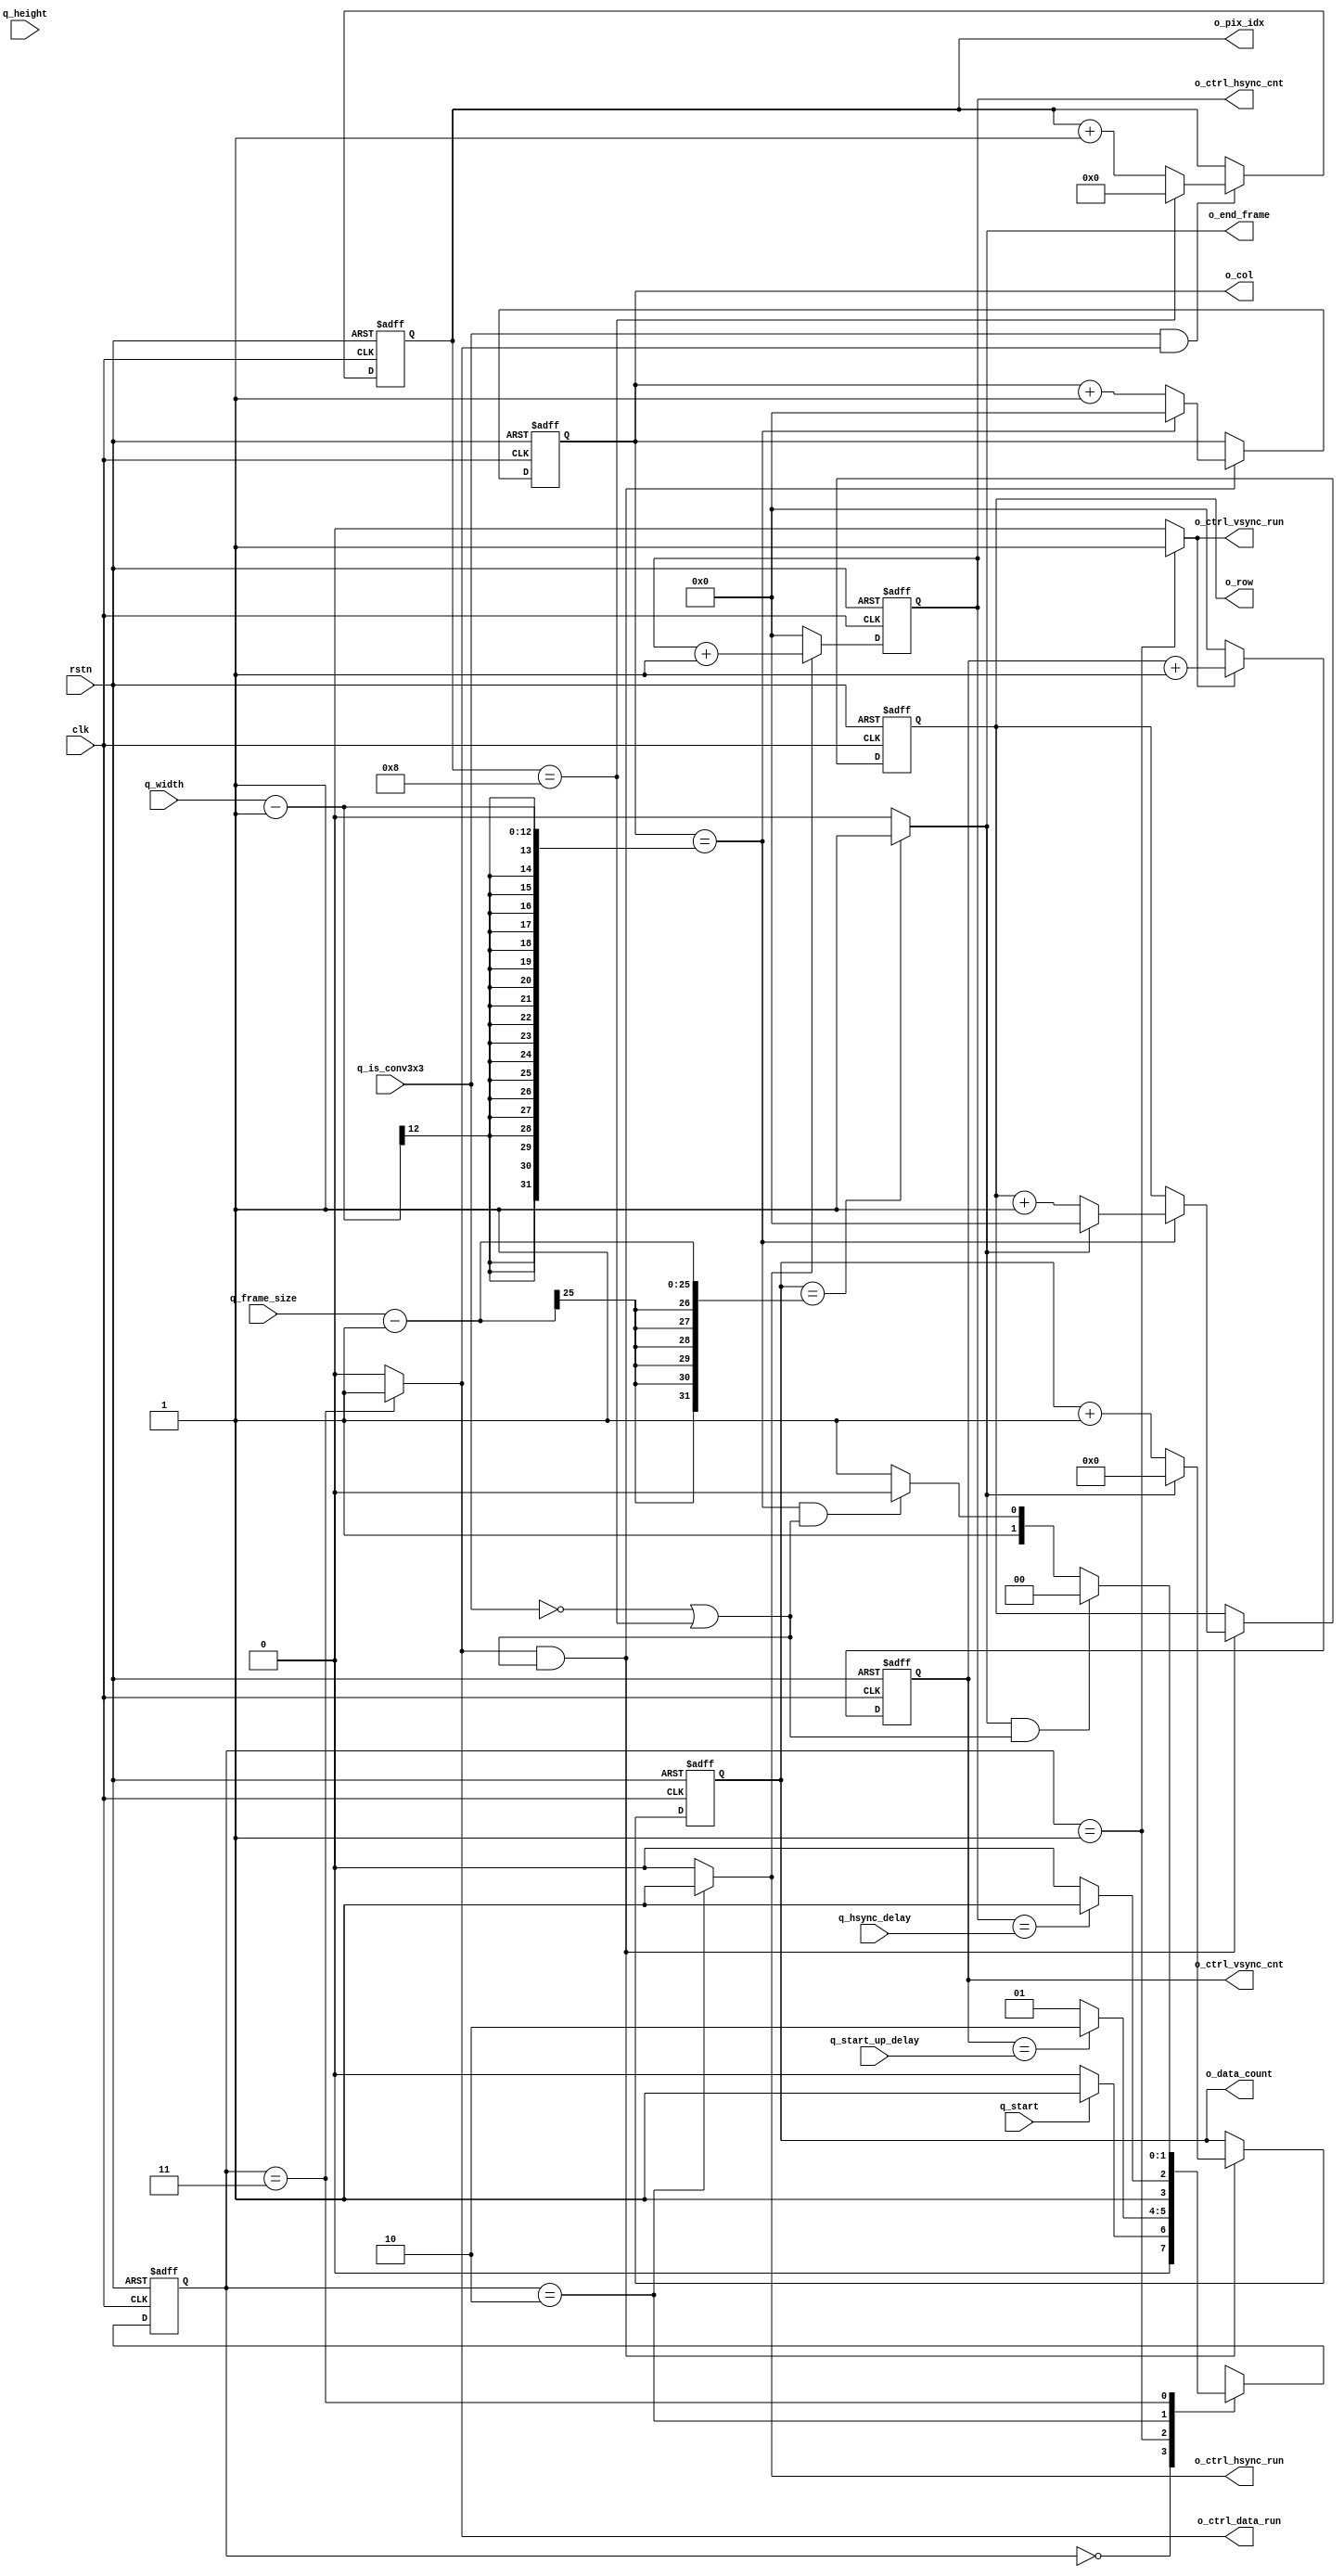
module cnn_fsm (
clk,
rstn,
// Inputs
q_is_conv3x3,
q_width,
q_height,
q_start_up_delay,
q_hsync_delay,
q_frame_size,
q_start,
//output
o_ctrl_vsync_run,
o_ctrl_vsync_cnt,
o_ctrl_hsync_run,
o_ctrl_hsync_cnt,
o_ctrl_data_run,
o_row,
o_col,
o_data_count,
o_end_frame,
o_pix_idx
);
parameter W_SIZE  = 12;					// Max 4K QHD (3840x1920).
parameter W_FRAME_SIZE  = 2 * W_SIZE + 1;	// Max 4K QHD (3840x1920).
parameter W_DELAY = 12;
input clk, rstn;
input q_is_conv3x3;
input [W_SIZE-1 :0] q_width;
input [W_SIZE-1 :0] q_height;
input [W_DELAY-1:0] q_start_up_delay;
input [W_DELAY-1:0] q_hsync_delay;
input [W_FRAME_SIZE-1:0] q_frame_size;
input q_start;

output 					 o_ctrl_vsync_run;
output [W_DELAY-1:0]	 o_ctrl_vsync_cnt;
output 					 o_ctrl_hsync_run;
output [W_DELAY-1:0]	 o_ctrl_hsync_cnt;
output 					 o_ctrl_data_run;
output [W_SIZE-1:0] 	 o_row;
output [W_SIZE-1:0] 	 o_col;
output [W_FRAME_SIZE-1:0]o_data_count;
output o_end_frame;
output [3:0] o_pix_idx;
//-------------------------------------------------
// Internal signals
//-------------------------------------------------
localparam		ST_IDLE 	= 2'b00,
				ST_VSYNC	= 2'b01,
				ST_HSYNC	= 2'b10,
				ST_DATA		= 2'b11;
reg [1:0] cstate, nstate;
reg 				ctrl_vsync_run;
reg [W_DELAY-1:0]	ctrl_vsync_cnt;
reg 				ctrl_hsync_run;
reg [W_DELAY-1:0]	ctrl_hsync_cnt;
reg 				ctrl_data_run;
reg [W_SIZE-1:0] 	row;
reg [W_SIZE-1:0] 	col;
reg [W_FRAME_SIZE-1:0] data_count;
wire end_frame;
reg [3:0] pix_idx;
//-------------------------------------------------
// FSM
//-------------------------------------------------
always@(posedge clk, negedge rstn)
begin
    if(!rstn) begin
        cstate <= ST_IDLE;
    end
    else begin
        cstate <= nstate;
    end
end
always @(*) begin
    case(cstate)
		ST_IDLE: begin
			if(q_start)
				nstate = ST_VSYNC;
			else
				nstate = ST_IDLE;
        end		
        ST_VSYNC: begin
			if(ctrl_vsync_cnt == q_start_up_delay) 
				nstate = ST_HSYNC;
			else
				nstate = ST_VSYNC;
        end	
        ST_HSYNC: begin
			if(ctrl_hsync_cnt == q_hsync_delay) 
				nstate = ST_DATA;
			else
				nstate = ST_HSYNC;
        end		
        ST_DATA: begin
			if(end_frame && (!q_is_conv3x3 || (pix_idx==8)))		//end of frame
				nstate = ST_IDLE;
			else begin
				if((col == q_width-1) && (!q_is_conv3x3 || (pix_idx==8)))    //end of line
				nstate = ST_HSYNC;
			else
				nstate = ST_DATA;
			end
        end
        default: nstate = ST_IDLE;
    endcase
end
always @(*) begin
	ctrl_vsync_run = 0;
	ctrl_hsync_run = 0;
	ctrl_data_run  = 0;
	case(cstate)
		ST_VSYNC: 	begin ctrl_vsync_run = 1; end
		ST_HSYNC: 	begin ctrl_hsync_run = 1; end
		ST_DATA: 	begin ctrl_data_run  = 1; end
	endcase
end
always@(posedge clk, negedge rstn)
begin
    if(!rstn) begin
        ctrl_vsync_cnt <= 0;
		ctrl_hsync_cnt <= 0;
    end
    else begin
        if(ctrl_vsync_run)
			ctrl_vsync_cnt <= ctrl_vsync_cnt + 1;
		else 
			ctrl_vsync_cnt <= 0;
			
        if(ctrl_hsync_run)
			ctrl_hsync_cnt <= ctrl_hsync_cnt + 1;			
		else
			ctrl_hsync_cnt <= 0;
    end
end
always@(posedge clk, negedge rstn)
begin
    if(!rstn) begin
        row <= 0;
		col <= 0;
    end
	else begin
		if(ctrl_data_run && (!q_is_conv3x3 || (pix_idx==8))) begin
			if(col == q_width - 1) begin
				if(end_frame)
					row <= 0;			
				else 
					row <= row + 1;
			end
			if(col == q_width - 1) 
				col <= 0;
			else 
				col <= col + 1;
		end
	end
end
always@(posedge clk, negedge rstn)
begin
    if(!rstn) begin
        data_count <= 0;
    end
    else begin
        if(ctrl_data_run && (!q_is_conv3x3 || (pix_idx==8))) begin
			if(!end_frame)
				data_count <= data_count + 1;
			else
				data_count <= 0;
		end
    end
end
assign end_frame = (data_count == q_frame_size-1)? 1'b1: 1'b0;			

// Counter for CONV3x3
//{{{
always@(posedge clk, negedge rstn) begin
	if(!rstn) begin
        pix_idx <= 0;
    end
	else begin
		if(q_is_conv3x3 && ctrl_data_run) begin
			if(pix_idx == 8)
				pix_idx <= 0;
			else
				pix_idx <= pix_idx + 1;			
		end
	end
end
//}}}
//-------------------------------------------------
// Outputs
//-------------------------------------------------
assign o_ctrl_vsync_run = ctrl_vsync_run;
assign o_ctrl_vsync_cnt = ctrl_vsync_cnt;
assign o_ctrl_hsync_run = ctrl_hsync_run;
assign o_ctrl_hsync_cnt = ctrl_hsync_cnt;
assign o_ctrl_data_run  = ctrl_data_run ;
assign o_row = row;
assign o_col = col;
assign o_data_count = data_count;
assign o_end_frame = end_frame;
assign o_pix_idx = pix_idx;
endmodule